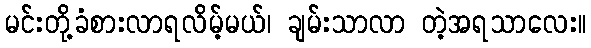
မင်းတို့ခံစားလာရလိမ့်မယ်၊ ချမ်းသာလာ တဲ့အရသာလေး။